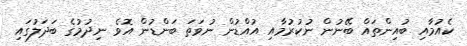
ކެއުމާއި ބުއިންތައް ބޭނުން ނުކުރުމާއި އުއްޑުން ނުވަތަ ބަންޑުން އޮވެ ނިދުމުގެ ބަދަލުގައި